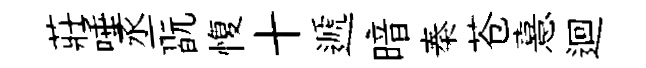
莊唾丞翫愎十遞暗秦苍憙迴